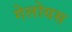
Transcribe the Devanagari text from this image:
गेलोयस